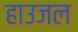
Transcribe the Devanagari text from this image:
हाउजल